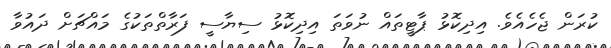
ކުރަން ޖެހެއެވެ. އިދިކޮޅު ޕާޓީތައް ނުވަތަ އިދިކޮޅު ސިޔާސީ ފަރާތްތަކުގެ މައްޗަށް ދައުވާ